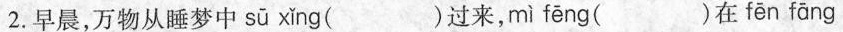
2.早晨，万物从睡梦中 s ū x ǐ ng ( )过来， m ì f ē ng ( )在 f ē n f ā ng